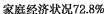
家庭经济状况72.8%